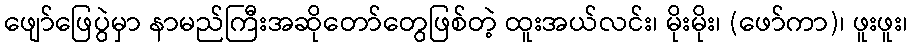
ဖျော်ဖြေပွဲမှာ နာမည်ကြီးအဆိုတော်တွေဖြစ်တဲ့ ထူးအယ်လင်း၊ မိုးမိုး၊ (ဖော်ကာ)၊ ဖူးဖူး၊